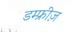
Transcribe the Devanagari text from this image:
डम्फ्रीज़